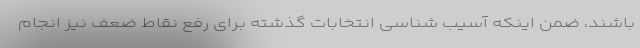
باشند، ضمن اینکه آسیب شناسی انتخابات گذشته برای رفع نقاط ضعف نیز انجام